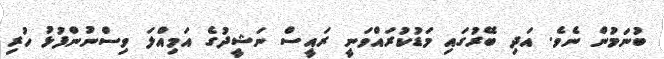
ބުނަމުން ނެވެ. އަދި ބޭރުގައި މަޑުކުރައްވަނީ ރައީސް ނަޝީދުގެ އަމިއްލަ ވިސްނުންފުޅު ހުރި